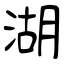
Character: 湖